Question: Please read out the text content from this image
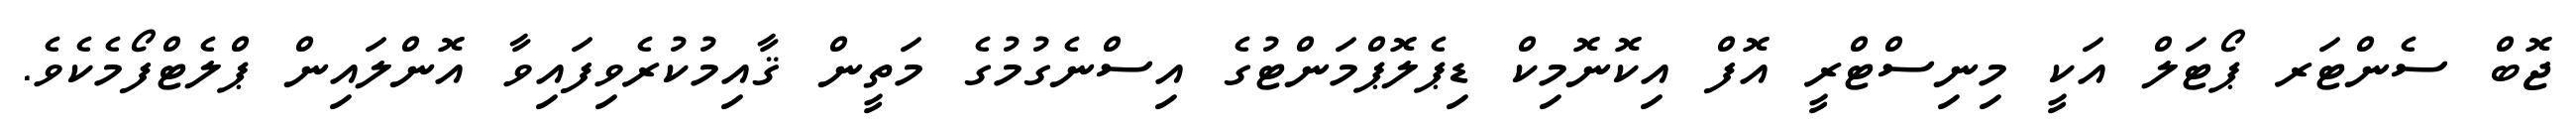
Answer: ޖޮބް ސެންޓަރ ޕޯޓަލް އަކީ މިނިސްޓްރީ އޮފް އިކޮނޮމިކް ޑިޕެލޮޕްމަންޓުގެ އިސްނެގުމުގެ މަތީން ޤާއިމުކުރެވިފައިވާ އޮންލައިން ޕްލެޓްފޯމެކެވެ.